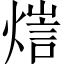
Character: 𤍉